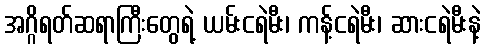
အဂ္ဂိရတ်ဆရာကြီးတွေရဲ့ ယမ်းငရဲမီး၊ ကန့်ငရဲမီး၊ ဆားငရဲမီးနဲ့